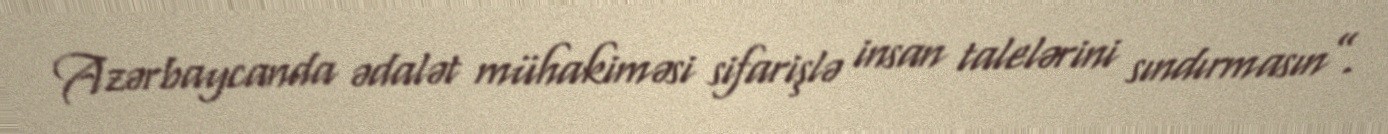
Azərbaycanda ədalət mühakiməsi sifarişlə insan talelərini sındırmasın”.